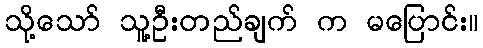
သို့သော် သူ့ဦးတည်ချက် က မပြောင်း။